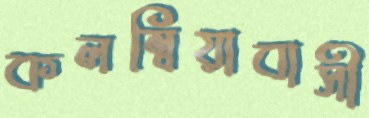
কলম্বিয়াবাসী